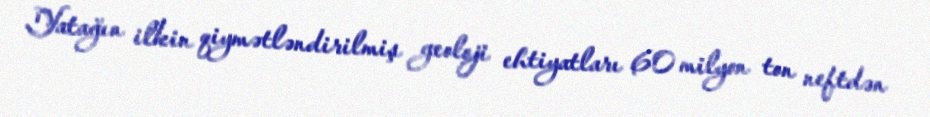
Yatağın ilkin qiymətləndirilmiş geoloji ehtiyatları 60 milyon ton neftdən